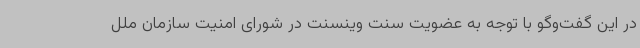
در این گفت‌وگو با توجه به عضویت سنت وینسنت در شورای امنیت سازمان ملل